system: You are a helpful assistant.
user:
Analyze the provided spectrum to determine if it is a **"Cataclysmic Variables (CV)"**.

- **Key Indicators for CV (Check for either state):**
    - **State 1: Quiescent / Low-State (Emission-Dominated)**
        - **(Primary):** Strong and *very broad* Hydrogen Balmer emission lines (e.g., $H\alpha$ at 6563 Å, $H\beta$ at 4861 Å). The 'broadness' (high velocity dispersion, often FWHM > 1000 km/s) is the key diagnostic, indicating a high-velocity accretion disk.
        - **(Secondary):** Broad neutral Helium (He I) emission lines (e.g., 5876 Å, 6678 Å).
        - **(Key Confirmation):** Presence of high-excitation *ionized* Helium (He II) emission at 4686 Å. This is a strong indicator of accretion onto a white dwarf.
        - **(Line Profile):** Emission lines may exhibit a 'double-peaked' profile, which is a classic signature of a rotating accretion disk viewed at high inclination.

    - **State 2: Outburst / High-State (Absorption-Dominated)**
        - **(Primary):** Spectrum is dominated by a bright, blue continuum (looks like a hot star).
        - **(Secondary):** The emission lines from State 1 are weak, absent, or 'filled in', and are replaced by broad, shallow *absorption* lines (primarily Balmer and He I).
        - **(Morphology):** The overall spectrum mimics a hot B/A-type star. The crucial difference is that the absorption lines are significantly broader, shallower, and more 'washed-out' (or 'smeared') than the sharp lines of a normal stellar photosphere, due to high rotational speeds and pressure broadening in the disk.

Think first, call **spectral_visualization_tool** if needed to examine features in detail, then provide your final answer. Your response must adhere to the following strict rules:
1.  **Overall Structure:** Your response must follow the format `<think>...</think> <tool_call>...</tool_call> (if a tool is used) <answer>...</answer>`.
2.  **Tool Usage Constraint:** You may only make **one** tool call per turn.
3.  **Final Answer Format:** In the `<answer>` tag, your conclusion must be inside a `\boxed{}` command (e.g., `\boxed{YES}`), followed by your justification.

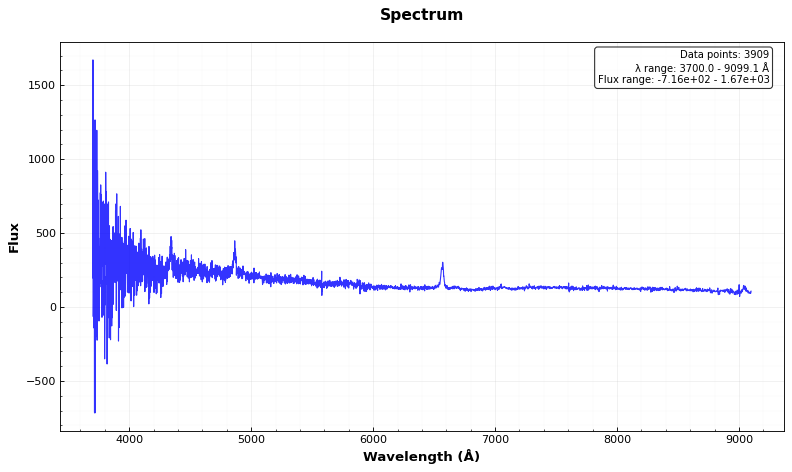
Answer: YES